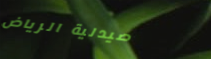
صيدلية الرياض